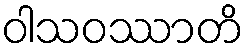
ဝါသဝဿာတိ